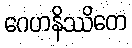
ဂေဟနိဿိတေ